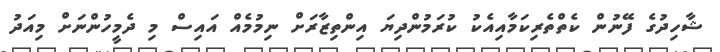
ޝާހިދުގެ ފޭނުން ކެތްތެރިކަމާއިއެކު ކުރަމުންދިޔަ އިންތިޒާރަށް ނިމުމެއް އައިސް މި ދެމީހުންނަށް މިއަދު